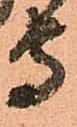
守